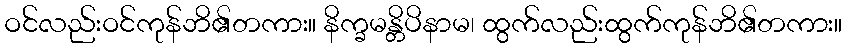
ဝင်လည်းဝင်ကုန်ဘိ၏တကား။ နိက္ခမန္တိပိနာမ၊ ထွက်လည်းထွက်ကုန်ဘိ၏တကား။